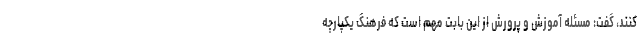
کنند، گفت: مسئله آموزش و پرورش از این بابت مهم است که فرهنگ یکپارچه